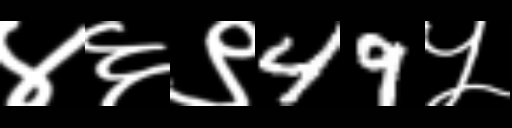
Text: ४६९49५